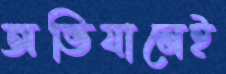
অভিযানেই